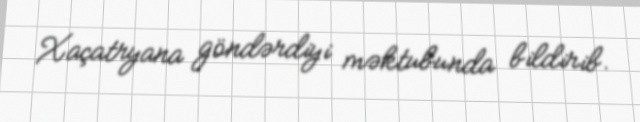
Xaçatryana göndərdiyi məktubunda bildirib.